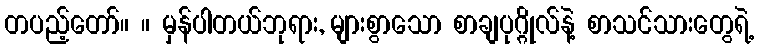
တပည့်တော်။ ။ မှန်ပါတယ်ဘုရား, များစွာသော စာချပုဂ္ဂိုလ်နဲ့ စာသင်သားတွေရဲ့